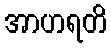
အာဟရတိ